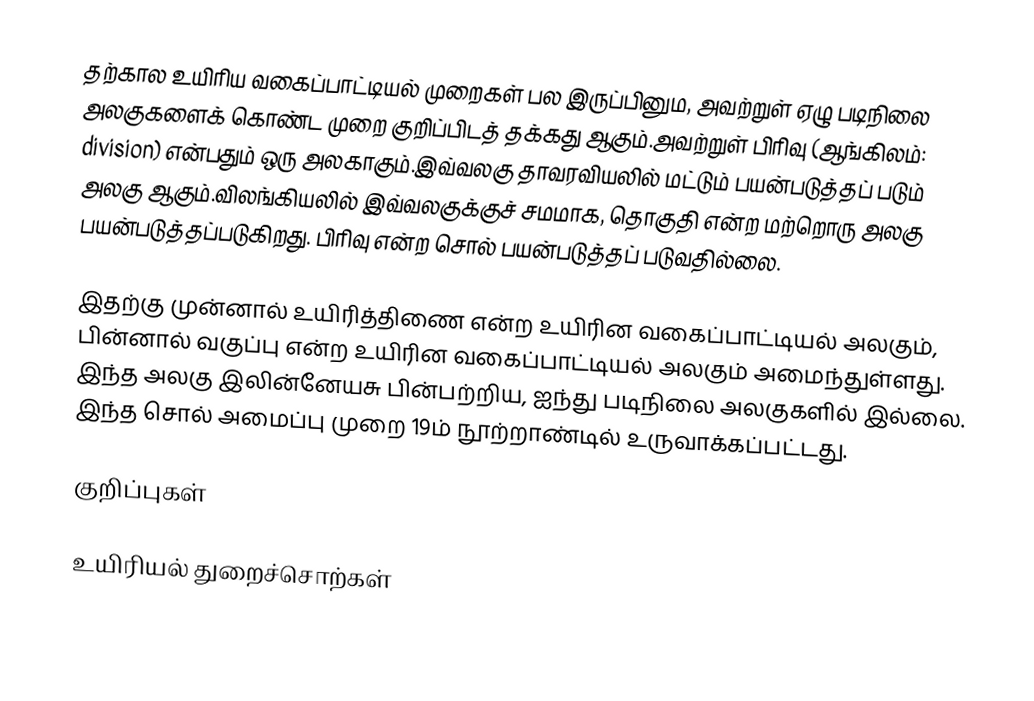
தற்கால உயிரிய வகைப்பாட்டியல் முறைகள் பல இருப்பினும, அவற்றுள் ஏழு படிநிலை அலகுகளைக்    கொண்ட முறை குறிப்பிடத் தக்கது ஆகும்.அவற்றுள் பிரிவு (ஆங்கிலம்: division) என்பதும் ஒரு அலகாகும்.இவ்வலகு தாவரவியலில் மட்டும் பயன்படுத்தப் படும் அலகு ஆகும்.விலங்கியலில் இவ்வலகுக்குச் சமமாக, தொகுதி என்ற மற்றொரு அலகு பயன்படுத்தப்படுகிறது. பிரிவு என்ற சொல் பயன்படுத்தப் படுவதில்லை.

இதற்கு முன்னால் உயிரித்திணை என்ற உயிரின வகைப்பாட்டியல் அலகும், பின்னால் வகுப்பு என்ற உயிரின வகைப்பாட்டியல் அலகும் அமைந்துள்ளது. இந்த அலகு இலின்னேயசு பின்பற்றிய, ஐந்து படிநிலை அலகுகளில் இல்லை. இந்த சொல் அமைப்பு முறை 19ம் நூற்றாண்டில் உருவாக்கப்பட்டது.

குறிப்புகள்

உயிரியல் துறைச்சொற்கள்